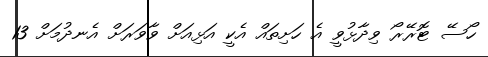
ހޯސޭ ޓޮރޭރޯ ވިދާޅުވީ އެ ހަށިތައް އެކީ އަޅިއަށް ވާވަރަށް އެނދުމަށް 13